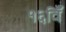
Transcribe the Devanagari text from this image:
१६विँ